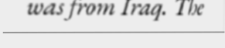
was from Iraq. The